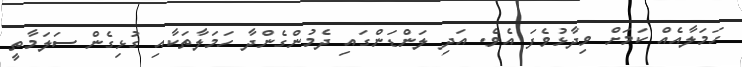
ހަމަލާއެއް ކަމަށް ވިދާޅުވެފަ އެވެ. އަދި ލަންޑަންގައި ދެމުންގެންދާ ހަމަލާތަކާއި ގުޅިގެން ސަލަމާތީ